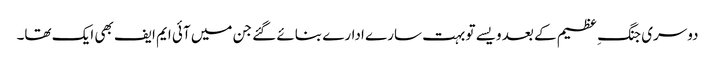
دوسری جنگ ِ عظیم کے بعد ویسے تو بہت سارے ادارے بنائے گئے جن میں آئی ایم ایف بھی ایک تھا۔